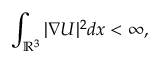
\int _ { { \mathbb R } ^ { 3 } } | \nabla U | ^ { 2 } d x < \infty ,